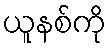
ယူနစ်ကို